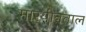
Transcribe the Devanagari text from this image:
मारयीनताल